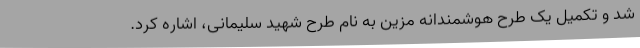
شد و تکمیل یک طرح هوشمندانه مزیّن به نام طرح شهید سلیمانی، اشاره کرد.